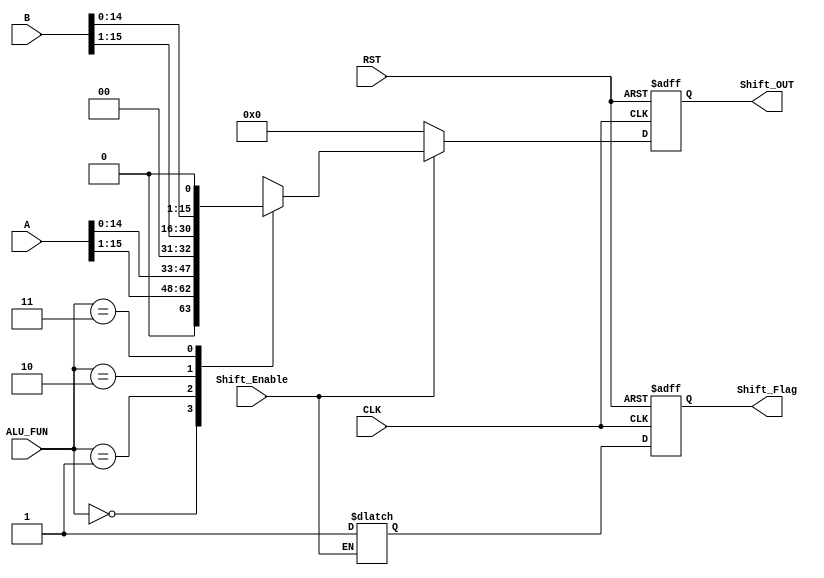
module Shift_Unit #(parameter Width = 16)
(

input       [Width-1 :0]                  A,
input       [Width-1 :0]                  B,
input                                     CLK,
input       [1:0]                         ALU_FUN,
input                                     RST,
input                                     Shift_Enable,
output      reg                           Shift_Flag,
output      reg[Width-1 :0]               Shift_OUT


);

wire                         High; 
wire                         LOW;
reg   [Width-1 :0]           Shift_OUT_R;
reg                          Shift_Flag_R;



always @(*)               
 begin 
  if (Shift_Enable)
   begin
              Shift_Flag_R = High;
			  
	  case (ALU_FUN)
	  
	//Shift Operations:
			   
			   2'b00 :                                       //Shift A right
			   begin 
			   Shift_OUT_R = A >> 16'b0001;
			   end
			   
			   2'b01 :                                       //Shift A left
			   begin
			   Shift_OUT_R = A << 16'b0001;
			   end
			   
			   2'b10 :                                       //Shift B right
			   begin 
			   Shift_OUT_R = B >> 16'b0001;
			   end
			   
			   2'b11 :                                       //Shift B left
			   begin
			   Shift_OUT_R = B << 16'b0001;
			   end
		endcase 
	end
  else
   begin 
     Shift_OUT_R = 16'b0;
  end	 
end 	



always @ (posedge CLK or negedge RST)                 
 begin 
  if (!RST)
   begin 
  Shift_OUT <= 16'b0;
  Shift_Flag <= 1'b0;
   end
  else
   begin  
  Shift_OUT <= Shift_OUT_R;
  Shift_Flag <= Shift_Flag_R;
  end
end


assign High = 1'b1;
assign LOW = 1'b0;



endmodule